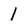
Character: 1